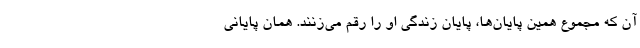
آن که مجموع همین پایان‌ها، پایان زندگی او را رقم می‌زنند. همان پایانی